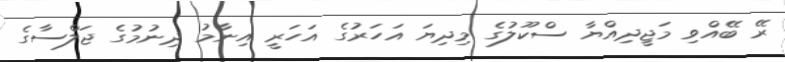
ރޭ ބޭއްވި މަޖީދިއްޔާ ސްކޫލުގެ މިދިޔަ އަހަރުގެ އަހަރީ އިނާމު ދިނުމުގެ ޖަލްްސާގެ